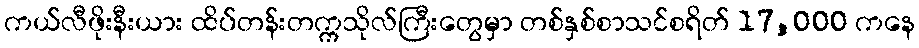
ကယ်လီဖိုးနီးယား ထိပ်တန်းတက္ကသိုလ်ကြီးတွေမှာ တစ်နှစ်စာသင်စရိတ် 17,000 ကနေ